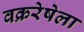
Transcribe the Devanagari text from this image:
वक्ररेषेला